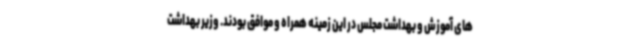
های آموزش و بهداشت مجلس در این زمینه همراه و موافق بودند. وزیر بهداشت